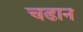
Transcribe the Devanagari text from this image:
चढान